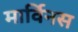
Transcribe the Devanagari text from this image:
मार्विनस